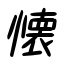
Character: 懐